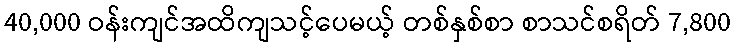
40,000 ဝန်းကျင်အထိကျသင့်ပေမယ့် တစ်နှစ်စာ စာသင်စရိတ် 7,800